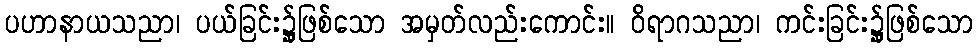
ပဟာနာယသညာ၊ ပယ်ခြင်း၌ုဖြစ်သော အမှတ်လည်းကောင်း။ ဝိရာဂသညာ၊ ကင်းခြင်း၌ုဖြစ်သော